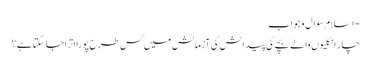
- اسلام سوال و جواب
چار انگلیوں والے بچے کی پیدائش کی آزمائش میں کس طرح پورا اترا جا سکتا ہے ؟